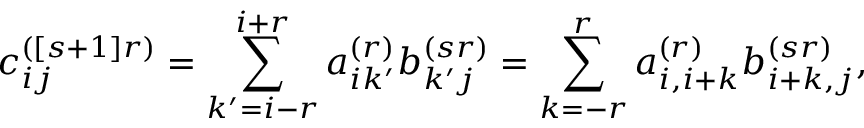
c _ { i j } ^ { ( [ s + 1 ] r ) } = \sum _ { k ^ { \prime } = i - r } ^ { i + r } a _ { i k ^ { \prime } } ^ { ( r ) } b _ { k ^ { \prime } j } ^ { ( s r ) } = \sum _ { k = - r } ^ { r } a _ { i , i + k } ^ { ( r ) } b _ { i + k , j } ^ { ( s r ) } ,